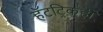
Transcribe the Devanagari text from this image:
हॅटट्रिकही